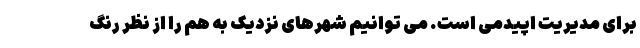
برای مدیریت اپیدمی است. می توانیم شهرهای نزدیک به هم را از نظر رنگ